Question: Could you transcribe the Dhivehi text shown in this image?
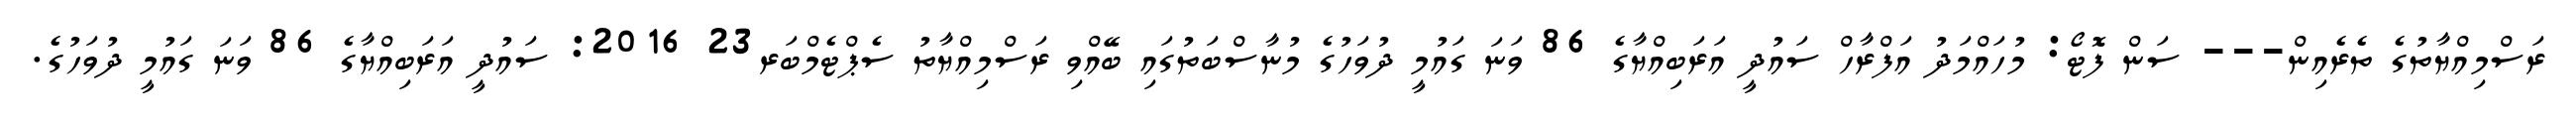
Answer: ރަސްމިއްޔާތުގެ ތެރެއިން--- ސަން ފޮޓޯ: މުހައްމަދު އަފްރާހް ސައުދީ އަރަބިއްޔާގެ 86 ވަނަ ގައުމީ ދުވަހުގެ މުނާސްބަތުގައި ބޭއްވި ރަސްމިއްޔާތު ސެޕްޓެމްބަރ23 2016: ސައުދީ އަރަބިއްޔާގެ 86 ވަނަ ގައުމީ ދުވަހުގެ.